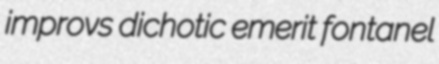
improvs dichotic emerit fontanel